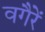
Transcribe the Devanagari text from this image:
वगैरें